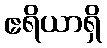
ဧရိယာရှိ